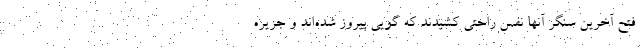
فتح آخرین سنگر آنها نفس راحتی کشیدند که گویی پیروز شده‌اند و جزیره